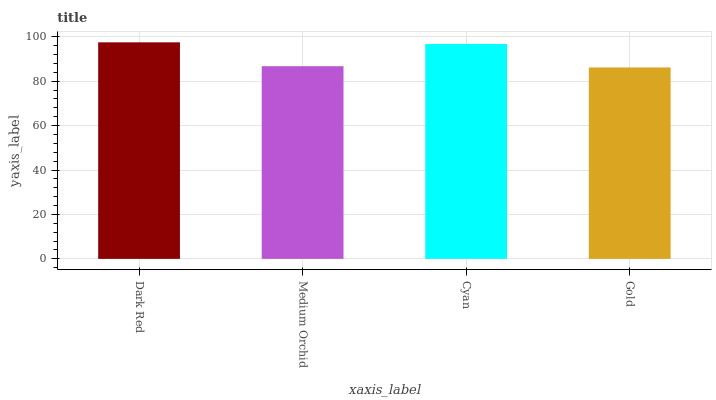
| xaxis_label | bars |
 | --- | --- |
 | Dark Red | 97.5 |
 | Medium Orchid | 86.7 |
 | Cyan | 96.7 |
 | Gold | 86.2 |